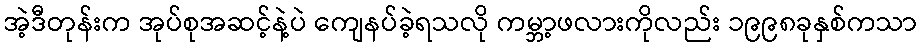
အဲ့ဒီတုန်းက အုပ်စုအဆင့်နဲ့ပဲ ကျေနပ်ခဲ့ရသလို ကမ္ဘာ့ဖလားကိုလည်း ၁၉၉၈ခုနှစ်ကသာ